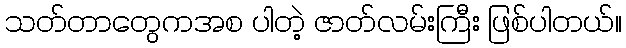
သတ်တာတွေကအစ ပါတဲ့ ဇာတ်လမ်းကြီး ဖြစ်ပါတယ်။